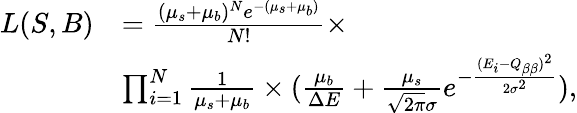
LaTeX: \begin{array}{rl}{L(S,B)}&{=\frac{(\mu_{s}+\mu_{b})^{N}e^{-(\mu_{s}+\mu_{b})}}{N!}\times}\\ &{\prod_{i=1}^{N}\frac{1}{\mu_{s}+\mu_{b}}\times(\frac{\mu_{b}}{\Delta E}+\frac{\mu_{s}}{\sqrt{2\pi}\sigma}e^{-\frac{(E_{i}-Q_{\beta\beta})^{2}}{2\sigma^{2}}}),}\end{array}